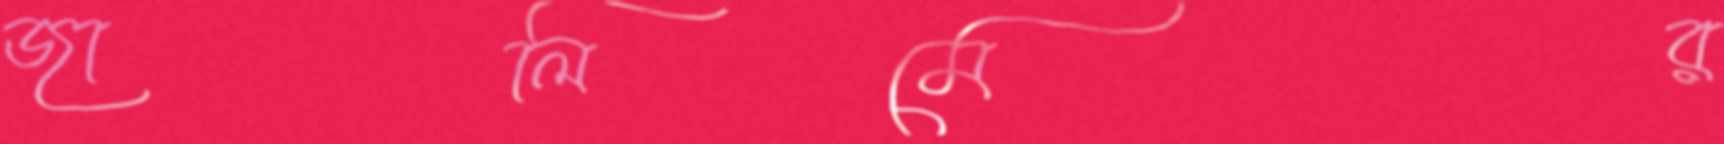
জালিমের